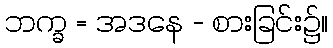
ဘက္ခ = အဒနေ - စားခြင်း၌။